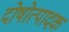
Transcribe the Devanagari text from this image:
दोषोत्पादक